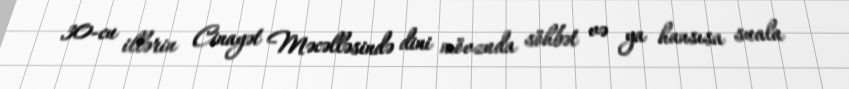
30-cu illərin Cinayət Məcəlləsində dini mövzuda söhbət və ya hansısa suala